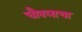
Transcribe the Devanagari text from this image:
चौबलाचा